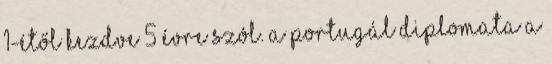
1-étől kezdve 5 évre szól. A portugál diplomata a